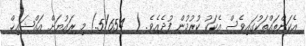
އެކަންތައްތަކުގައިވެސް އެކަކު ކުރުމުން ފުދެއެވެ. (  5/654.) މި ރައުޔަށް އައްޝައިޚް